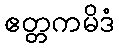
ဧတ္တကမိဒံ